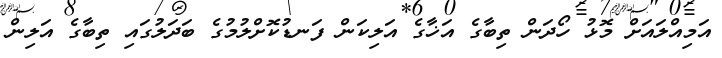
އަމިއްލައަށް މޮޅު ހޯދަން ތިބާގެ އަޚާގެ އަލިކަން ފަނޑުކޮށްލުމުގެ ބަދަލުގައި ތިބާގެ އަލިން